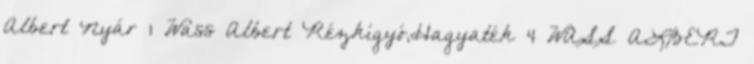
Albert Nyár 1 Wass Albert Rézkígyó,Hagyaték 4 WASS ALBERT